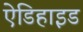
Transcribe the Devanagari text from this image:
ऐडिहाइड